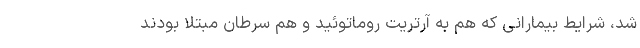
شد، شرایط بیمارانی که هم به آرتریت روماتوئید و هم سرطان مبتلا بودند